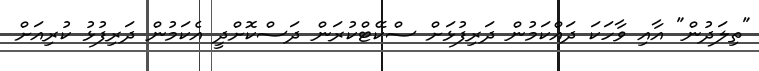
"ތިލަދުން" އާއި ވާހަކަ ދައްކަމުން ދަރިފުޅަށް ސްކޭޓްކުރަން ދަސްކޮށްދީ އެކަމުން ދަރިފުޅު ކުރިއަށް